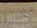
أكس